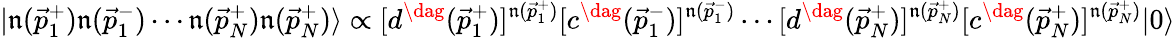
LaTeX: |\mathfrak{n}({\vec{{p}}}_{1}^{+})\mathfrak{n}({\vec{{p}}}_{1}^{-})\cdots\mathfrak{n}({\vec{{p}}}_{N}^{+})\mathfrak{n}({\vec{{p}}}_{N}^{+})\rangle\propto[d^{\dag}({\vec{{p}}}_{1}^{+})]^{\mathfrak{n}({\vec{{p}}}_{1}^{+})}[c^{\dag}({\vec{{p}}}_{1}^{-})]^{\mathfrak{n}({\vec{{p}}}_{1}^{-})}\cdots[d^{\dag}({\vec{{p}}}_{N}^{+})]^{\mathfrak{n}({\vec{{p}}}_{N}^{+})}[c^{\dag}({\vec{{p}}}_{N}^{+})]^{\mathfrak{n}({\vec{{p}}}_{N}^{+})}|0\rangle